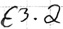
Text: E3.2